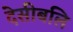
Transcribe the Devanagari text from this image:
देसीबलि